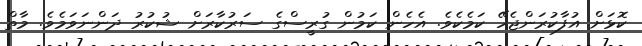
ކޮޅަށް އުފާކުރަންޖެހޭ ކަމެކެވެ. އެހެން ކަމުން ގުރީސްގެ ސަރުކާރަށް ޝުކުރު ދަންނަވަމެވެ. މާތް